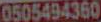
0505494360